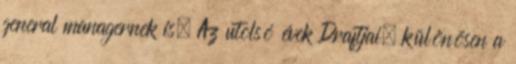
general managernek is. Az utolsó évek Draftjai, különösen a